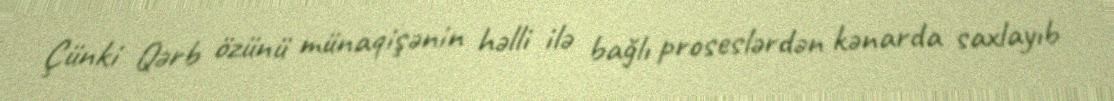
Çünki Qərb özünü münaqişənin həlli ilə bağlı proseslərdən kənarda saxlayıb